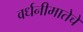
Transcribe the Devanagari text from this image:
वर्धनीमातेचे